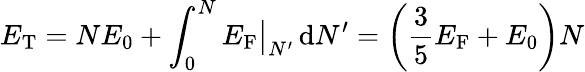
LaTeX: E_{\mathrm{{T}}}=NE_{0}+\int_{0}^{N}E_{\mathrm{F}}{\big|}_{N^{\prime}}\, \mathrm{d}N^{\prime}=\left({\frac{3}{5}}E_{\mathrm{F}}+E_{0}\right)N